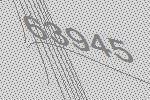
63945